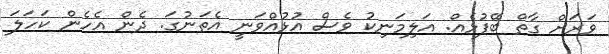
ވަރަށް ގާތް ބޭފުޅެއް. އަލިމަނިކު ވެސް އުޅުއްވަނީ އެތަނުގަ. ދެން އެހެން ކަހަލަ